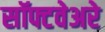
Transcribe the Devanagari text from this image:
सॉफ्टवेअरे